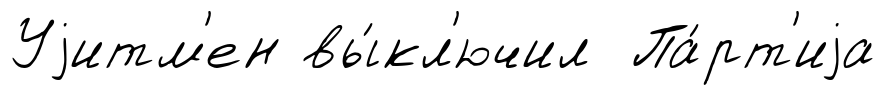
Уjитм'ен вы́кл'ючил Па́рт'иjа